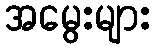
အမွေးများ